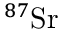
^ { 8 7 } \mathrm { S r }